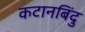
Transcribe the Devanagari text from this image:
कटानबिंदु